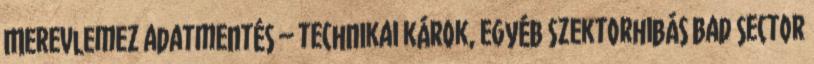
Merevlemez adatmentés – technikai károk, egyéb Szektorhibás bad sector